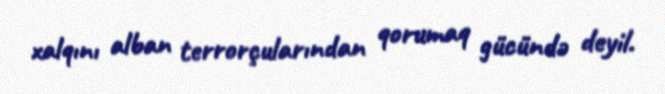
xalqını alban terrorçularından qorumaq gücündə deyil.